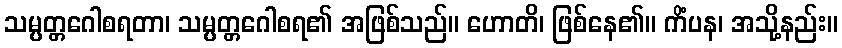
သမ္ပတ္တဂေါစရတာ၊ သမ္ပတ္တဂေါစရ၏ အဖြစ်သည်။ ဟောတိ၊ ဖြစ်နေ၏။ ကိံပန၊ အသို့နည်း။